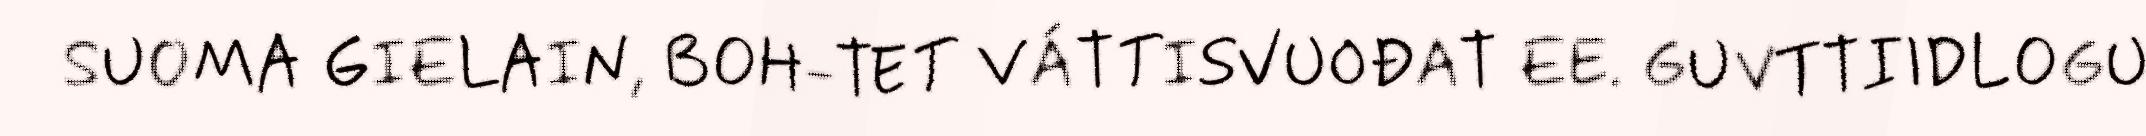
SUOMA GIELAIN, BOH-TET VÁTTISVUOĐAT EE. GUVTTIIDLOGU